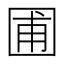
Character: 圃